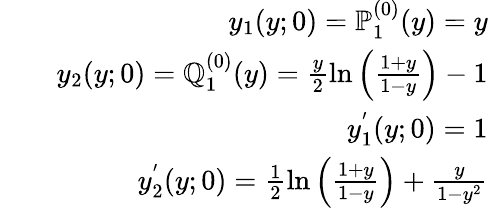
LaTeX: \begin{array}{rlr}&{}&{y_{1}(y;0)=\mathbb{P}_{1}^{(0)}(y)=y}\\ &{}&{y_{2}(y;0)=\mathbb{Q}_{1}^{(0)}(y)=\frac{y}{2}\ln\left(\frac{1+y}{1-y}\right)-1}\\ &{}&{y_{1}^{'}(y;0)=1}\\ &{}&{y_{2}^{'}(y;0)=\frac{1}{2}\ln\left(\frac{1+y}{1-y}\right)+\frac{y}{1-y^{2}}}\end{array}